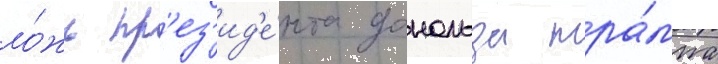
ло́жь пр'ез'ид'е́нта дональда тра́мпа